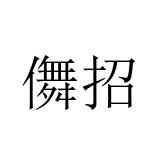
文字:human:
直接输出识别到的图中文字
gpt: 儛招